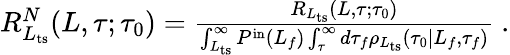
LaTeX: \begin{array}{r}{R_{L_{\mathrm{ts}}}^{N}(L,\tau;\tau_{0})=\frac{R_{L_{\mathrm{ts}}}(L,\tau;\tau_{0})}{\int_{L_{\mathrm{ts}}}^{\infty}P^{\mathrm{in}}(L_{f})\int_{\tau}^{\infty}d\tau_{f}\rho_{L_{\mathrm{ts}}}(\tau_{0}|L_{f},\tau_{f})}\ .}\end{array}